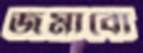
জমাবো